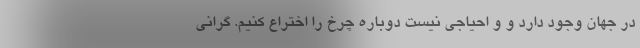
در جهان وجود دارد و و احیاجی نیست دوباره چرخ را اختراع کنیم. گرانی